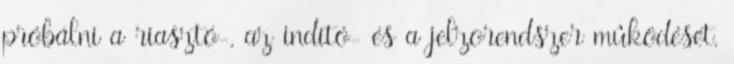
próbálni a riasztó-, az indító- és a jelzõrendszer mûködését.